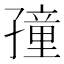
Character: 𡦜